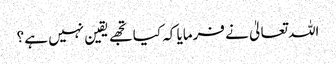
اللہ تعالیٰ نے فرمایا کہ کیا تجھے یقین نہیں ہے ؟